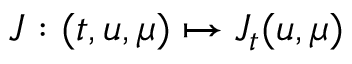
J : ( t , u , \mu ) \mapsto J _ { t } ( u , \mu )